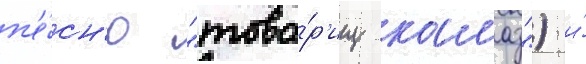
п'е́сн'ю "това́р'ищ камаз") и́